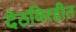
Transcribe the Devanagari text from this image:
देठविरहीत